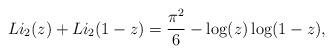
LaTeX: \begin{align*} Li_2(z) + Li_2(1-z)= \frac{\pi^2}{6} - \log(z) \log(1-z),\end{align*}